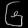
Digit: ၆